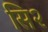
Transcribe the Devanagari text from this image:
सि२